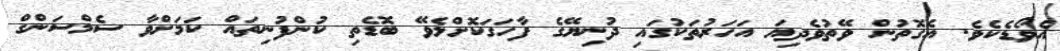
އެވޯޑެކެވެ. އެގޮތުން ވޭތުވެދިޔަ އަހަރުތަކުގައި ދުނިޔޭގެ ފާހަގަކޮށްލެވޭ ބޮޑެތި ކުންފުނިތައް ކަމަށްވާ ސެމްސަންގް